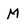
Character: M